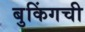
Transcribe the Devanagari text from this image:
बुकिंगची